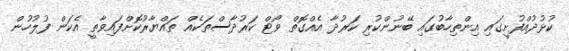
ކުޅުދުއްފުށީގައި އިންތިހާބުގައި ބޭނުންކުރި ކަރުދާ އެއްގޮތް ވޯޓް ކަރުދާސްތަކެއް ތައްޔާރުކޮށްފައިވާތީ އެކަން ފުލުހުން